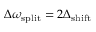
\Delta \omega _ { \mathrm { s p l i t } } = 2 \Delta _ { \mathrm { s h i f t } }